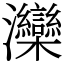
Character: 灤